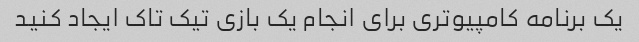
یک برنامه کامپیوتری برای انجام یک بازی تیک تاک ایجاد کنید